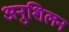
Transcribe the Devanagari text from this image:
अनुशिलन